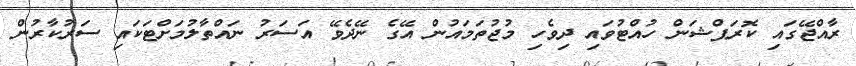
ރާއްޖޭގައި ކޮރަޕްޝަން ހުއްޓުވައި ދިވެހި މުޖުތަމައުން އޭގެ ނޭދެވޭ އަސަރު ނައްތާލުމަށްޓަކައި ސަރުކާރުން